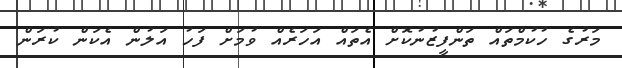
މަރުގެ ހުކުމްތައް ތަންފީޒުނުކޮށް އެތައް އަހަރެއް ވުމަށް ފަހު އަލުން އެކަން ކުރަން